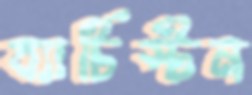
ব্যাটিস্টন